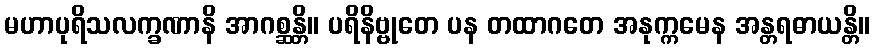
မဟာပုရိသလက္ခဏာနိ အာဂစ္ဆန္တိ။ ပရိနိဗ္ဗုတေ ပန တထာဂတေ အနုက္ကမေန အန္တရဓာယန္တိ။